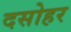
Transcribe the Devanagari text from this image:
दसोहर